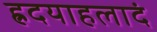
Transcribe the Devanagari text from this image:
ह्रदयाहलादं